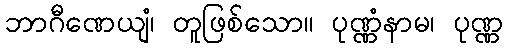
ဘာဂီဏေယျံ၊ တူဖြစ်သော။ ပုဏ္ဏံနာမ၊ ပုဏ္ဏ